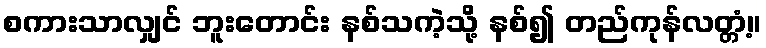
စကားသာလျှင် ဘူးတောင်း နစ်သကဲ့သို့ နစ်၍ တည်ကုန်လတ္တံ့။